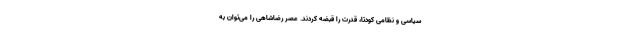
سیاسی و نظامی کودتا، قدرت را قبضه کردند. عصر رضاشاهی را می‌توان به